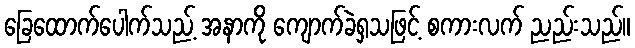
ခြေထောက်ပေါက်သည့် အနာကို ကျောက်ခဲရှသဖြင့် စကားလက် ညည်းသည်။